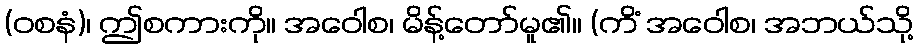
(ဝစနံ)၊ ဤစကားကို။ အဝေါစ၊ မိန့်တော်မူ၏။ (ကိံ အဝေါစ၊ အဘယ်သို့